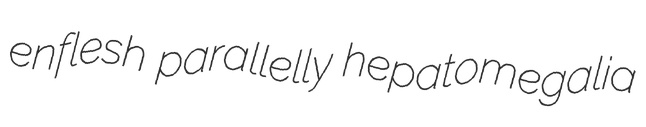
enflesh parallelly hepatomegalia